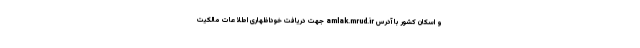
و اسکان کشور با آدرس amlak.mrud.ir جهت دریافت خوداظهاری اطلاعات مالکیت